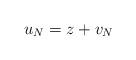
LaTeX: \begin{align*} u_N = z + v_N\end{align*}